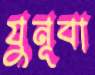
যুনূবা